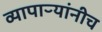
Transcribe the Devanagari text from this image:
व्यापाऱ्यांनीच